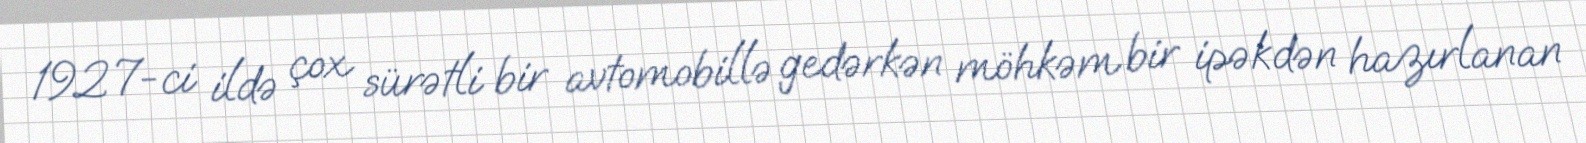
1927-ci ildə çox sürətli bir avtomobillə gedərkən möhkəm bir ipəkdən hazırlanan